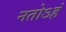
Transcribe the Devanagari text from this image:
नतोऽहं